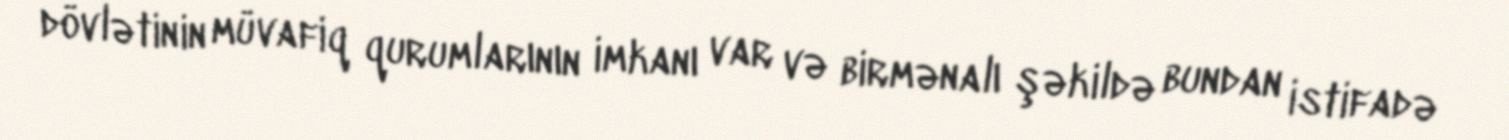
dövlətinin müvafiq qurumlarının imkanı var və birmənalı şəkildə bundan istifadə